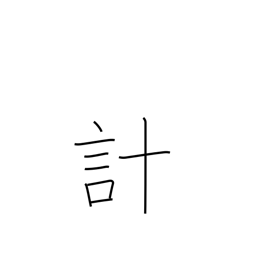
Meaning: scheme